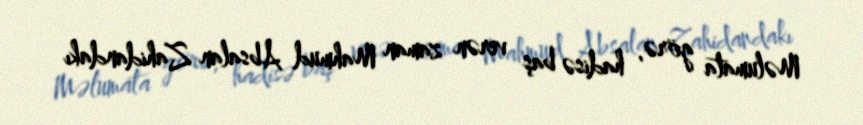
Məlumata görə, hadisə baş verən zaman Mahmud Absalan Zahidandakı